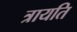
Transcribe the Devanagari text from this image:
त्रायति